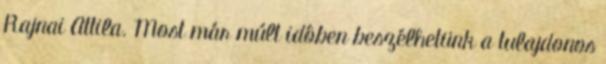
Rajnai Attila. Most már múlt idôben beszélhetünk a tulajdonos